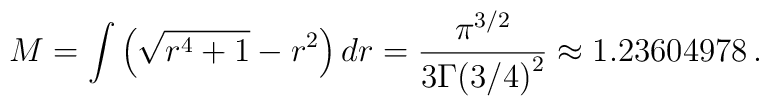
M = \int \left(\sqrt{r^4+1}-r^2\right)dr =\frac{\pi^{3/2}}{3{\Gamma (3/4)}^2}\approx 1.23604978 \, .